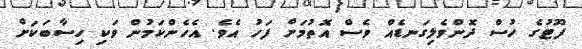
ފޫޓުގެ ހުސް ދޮންވެލިގަނޑެއް ވެސް އޮތުމަށް ފަހު އެވެ. އެހެންކަމުން ވަކި ހިސާބަކަށް